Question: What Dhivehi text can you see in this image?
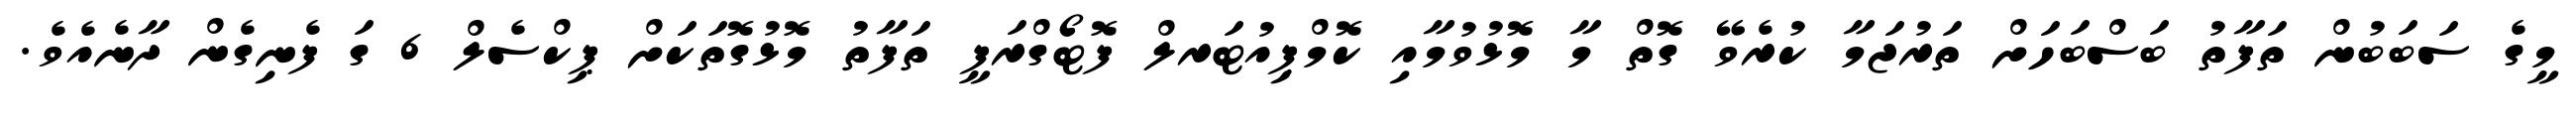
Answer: މީގެ ސަބަބުން ތަފާތު ބަސްބަހަށް ތަރުޖަމާ ކުރެވޭ ގޮތް މާ މޮޅުވުމާއި ކޮމްޕިއުޓަރލް ފޮޓޯގްރަފީ ތަފާތު މޮޅުގޮތަކަށް ޕިކްސެލް 6 ގަ ފެނިގެން ދާނެއެވެ.